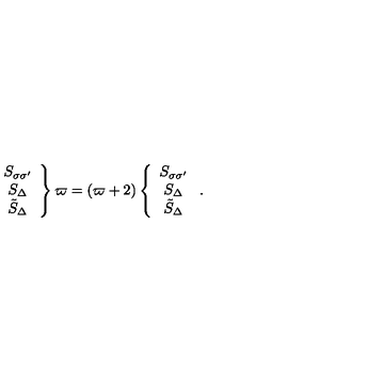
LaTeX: \left. \begin{array} { c c c } { S _ { \sigma \sigma ^ { \prime } } \nonumber } \\ { S _ { \Delta } \nonumber } \\ { \tilde { S } _ { \Delta } } \\ \end{array} \right\} \varpi = ( \varpi + 2 ) \left\{ \begin{array} { c c c } { S _ { \sigma \sigma ^ { \prime } } \nonumber } \\ { S _ { \Delta } \nonumber } \\ { \tilde { S } _ { \Delta } } \\ \end{array} \right. .